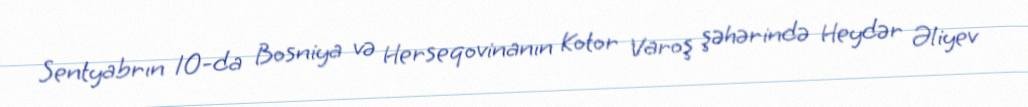
Sentyabrın 10-da Bosniya və Herseqovinanın Kotor Varoş şəhərində Heydər Əliyev